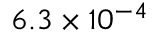
6 . 3 \times 1 0 ^ { - 4 }